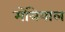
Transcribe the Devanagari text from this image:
मोंत्रेयाल